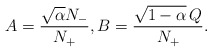
\begin{align*}A=\frac{\sqrt{\alpha} N_{-}}{N_{+}},B=\frac{\sqrt{1-\alpha}\,Q}{N_{+}}.\end{align*}